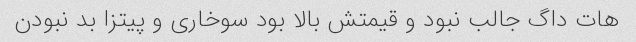
هات داگ جالب نبود و قیمتش بالا بود سوخاری و پیتزا بد نبودن